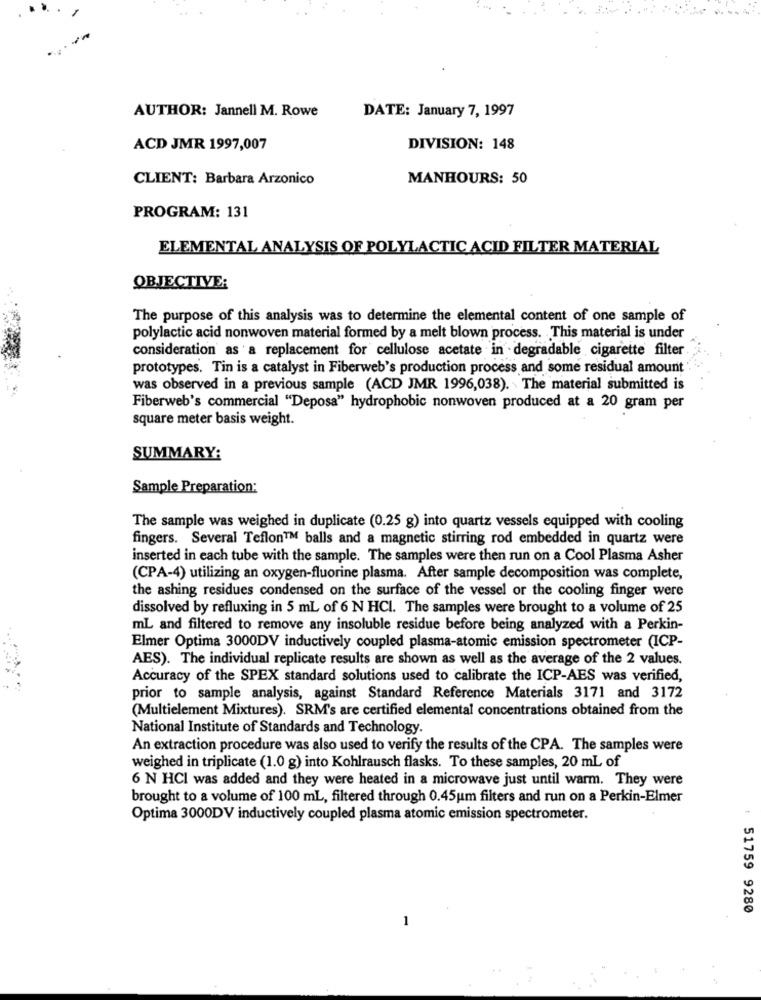
AUTHOR: Jannell M. Rowe
DATE: January 7, 1997
ACD JMR 1997,007
DIVISION: 148
CLIENT: Barbara Arzonico
MANHOURS: 50
PROGRAM: 131
ELEMENTAL ANALYSIS OF POLYLACTIC ACID FILTER MATERIAL
OBJECTIVE:
The purpose of this analysis was to determine the elemental content of one sample of
polylactic acid nonwoven material formed by a melt blown process. This material is under
consideration as a replacement for cellulose acetate in degradable cigarette filter
prototypes. Tin is a catalyst in Fiberweb's production process and some residual amount
was observed in a previous sample (ACD JMR 1996,038). The material submitted is
Fiberweb's commercial "Deposa" hydrophobic nonwoven produced at a 20 gram per
square meter basis weight.
SUMMARY:
Sample Preparation:
The sample was weighed in duplicate (0.25 g) into quartz vessels equipped with cooling
fingers. Several Teflon™ balls and a magnetic stirring rod embedded in quartz were
inserted in each tube with the sample. The samples were then run on a Cool Plasma Asher
(CPA-4) utilizing an oxygen-fluorine plasma. After sample decomposition was complete,
the ashing residues condensed on the surface of the vessel or the cooling finger were
dissolved by refluxing in 5 mL of 6 N HCI. The samples were brought to a volume of 25
mL and filtered to remove any insoluble residue before being analyzed with a Perkin-
Elmer Optima 3000DV inductively coupled plasma-atomic emission spectrometer (ICP-
AES). The individual replicate results are shown as well as the average of the 2 values.
Accuracy of the SPEX standard solutions used to calibrate the ICP-AES was verified,
prior to sample analysis, against Standard Reference Materials 3171 and 3172
(Multielement Mixtures). SRM's are certified elemental concentrations obtained from the
National Institute of Standards and Technology.
An extraction procedure was also used to verify the results of the CPA. The samples were
weighed in triplicate (1.0 g) into Kohlrausch flasks. To these samples, 20 mL of
6 N HCI was added and they were heated in a microwave just until warm. They were
brought to a volume of 100 mL, filtered through 0.45um filters and run on a Perkin-Elmer
Optima 3000DV inductively coupled plasma atomic emission spectrometer.
t
51759 9280
1